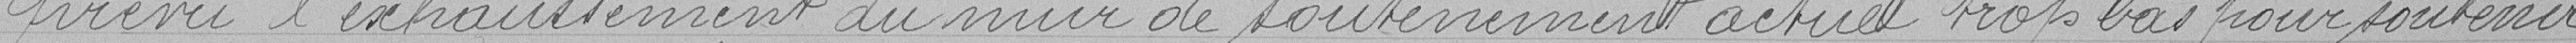
prévu l'exhaussement du mur de soutènement actuel trop bas pour soutenir